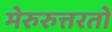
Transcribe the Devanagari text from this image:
मेरुरुत्तरतो